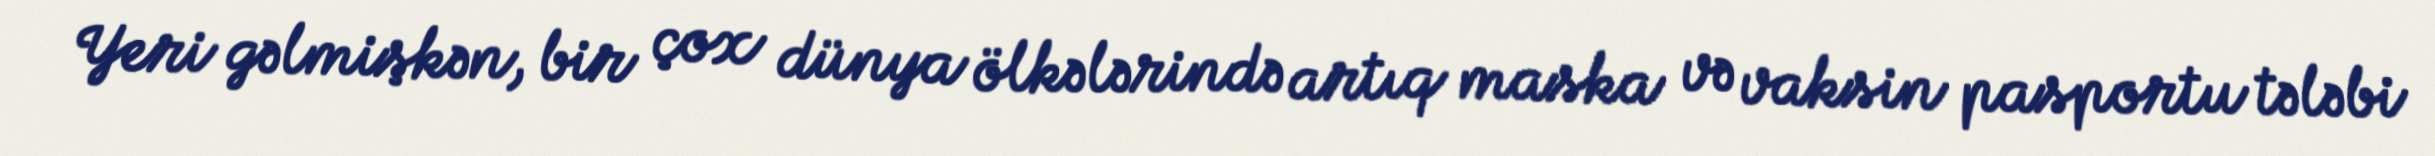
Yeri gəlmişkən, bir çox dünya ölkələrində artıq maska və vaksin pasportu tələbi